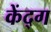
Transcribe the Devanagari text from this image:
केंद्ग